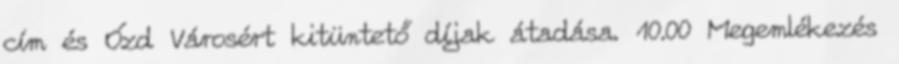
cím és Ózd Városért kitüntető díjak átadása. 10.00 Megemlékezés